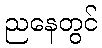
ညနေတွင်